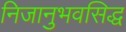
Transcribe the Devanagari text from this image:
निजानुभवसिद्ध